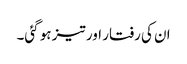
ان کی رفتار اور تیز ہو گئی۔